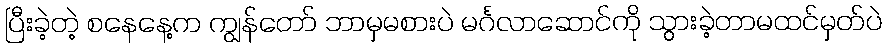
ပြီးခဲ့တဲ့ စနေနေ့က ကျွန်တော် ဘာမှမစားပဲ မင်္ဂလာဆောင်ကို သွားခဲ့တာမထင်မှတ်ပဲ